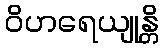
ဝိဟရေယျုန္တိ